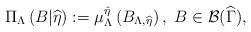
\begin{align*}\Pi _{\Lambda }\left( B|\widehat{\eta }\right) :=\mu _{\Lambda }^{\hat{\eta}}\left( B_{\Lambda ,\widehat{\eta }}\right) ,\ B\in \mathcal{B(}\widehat{\Gamma }), \end{align*}